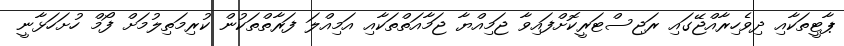
ޕާޓީތަކާއި ދިވެހިރާއްޖޭގައި ރަޖިސްޓަރީކޮށްފައިވާ ޖަމިއްޔާ ޖަމާއަތްތަކާއި އަމިއްލަ ފަރާތްތަކުން ކުރިމަތިލުމަށް ފޯމް ހުށަހަޅާނީ